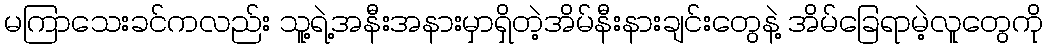
မကြာသေးခင်ကလည်း သူ့ရဲ့အနီးအနားမှာရှိတဲ့အိမ်နီးနားချင်းတွေနဲ့ အိမ်ခြေရာမဲ့လူတွေကို